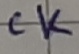
Text: CK